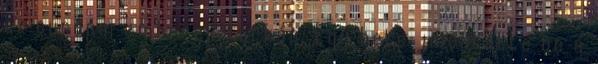
az európai emberek torkán. Egy hete jelentette be a